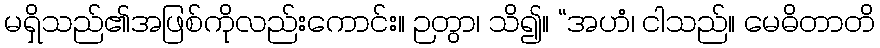
မရှိသည်၏အဖြစ်ကိုလည်းကောင်း။ ဉတွာ၊ သိ၍။ “အဟံ၊ ငါသည်။ မေဓိတာတိ